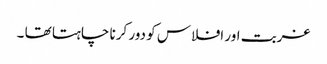
غربت اور افلاس کو دور کرنا چاہتا تھا ۔